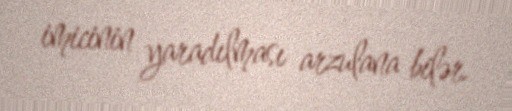
imicinin yaradılması arzulana bilər.